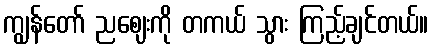
ကျွန်တော် ညဈေးကို တကယ် သွား ကြည့်ချင်တယ်။